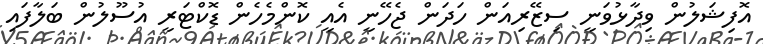
އޮފިޝަލުން ވިދާޅުވަނީ ސިޒޭރިއަން ހަދަން ޖެހޭނީ އެއީ ކޮންމެހެން ޑޮކްޓަރީ އުސޫލުން ބަލާފައި